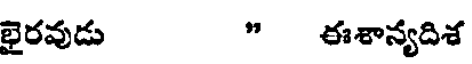
భైరవుడు " ఈశాన్యదిశ